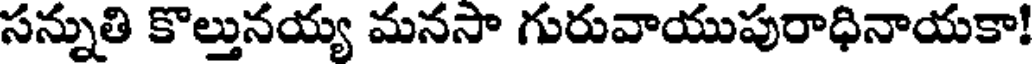
సన్నుతి కొల్తునయ్య మనసా గురువాయుపురాధినాయకా!